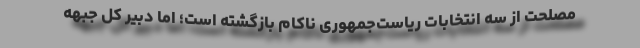
مصلحت از سه انتخابات ریاست‌جمهوری ناکام بازگشته است؛ اما دبیر کل جبهه